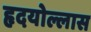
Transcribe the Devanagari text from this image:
हृदयोल्लास